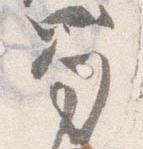
笏